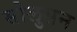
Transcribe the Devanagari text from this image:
सोलुसन